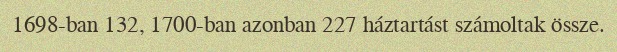
1698-ban 132, 1700-ban azonban 227 háztartást számoltak össze.